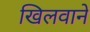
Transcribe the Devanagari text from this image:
खिलवाने